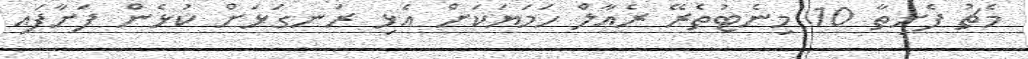
މެޗު ފެށިތާ 10 މިނެޓުތެރޭ ރެއާލް ހަމަޔަކަށް އެޅި ރަނގަޅަށް ކުޅެން ފަށާފައި